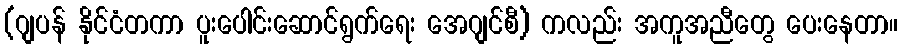
(ဂျပန် နိုင်ငံတကာ ပူးပေါင်းဆောင်ရွက်ရေး အေဂျင်စီ) ကလည်း အကူအညီတွေ ပေးနေတာ။